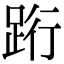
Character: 䟰